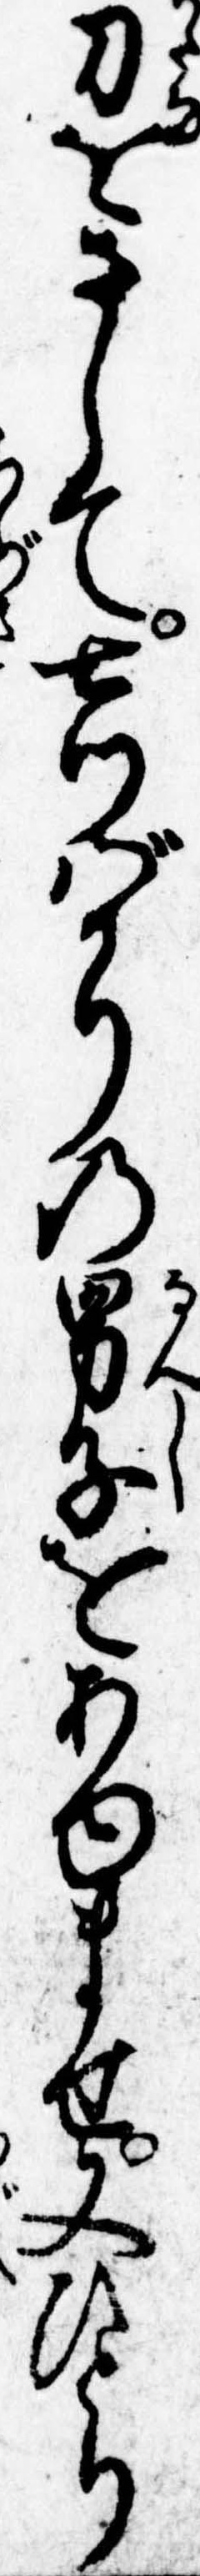
刀をさして七つばかりの男子をあゆませ又ひとり